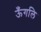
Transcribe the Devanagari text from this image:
ऊँगलि